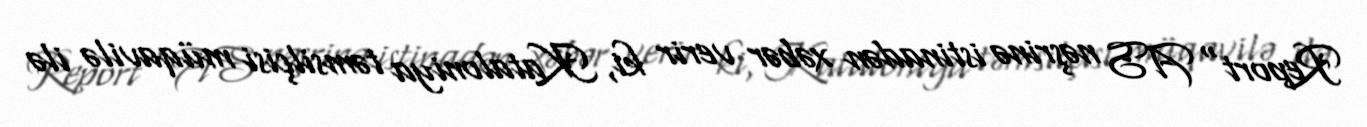
Report" AS nəşrinə istinadən xəbər verir ki, Kataloniya təmsilçisi müqavilə ilə